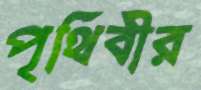
পৃথিবীর